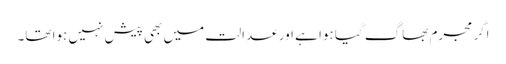
اگر مجرم بھاگ گیا ہوا ہے اور عدالت میں بھی پیش نہیں ہوا تھا۔